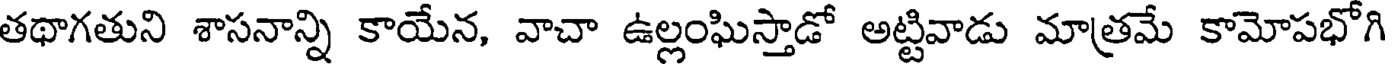
తథాగతుని శాసనాన్ని కాయేన, వాచా ఉల్లంఘిస్తాడో అట్టివాడు మాత్రమే కామోపభోగి